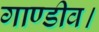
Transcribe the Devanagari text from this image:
गाण्डीव।